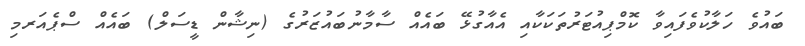
ބައުވެ ހަލާކުވެފައިވާ ކޮމްޕިއުޓަރުތަކަކާއި އެއާގުޅޭ ބައެއް ސާމާނުބައުޒަރުގެ (ނިޝާން ޑީސަލް) ބައެއް ސްޕެއަރމި